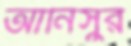
আনিসুর